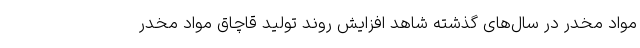
مواد مخدر در سال‌های گذشته شاهد افزایش روند تولید قاچاق مواد مخدر